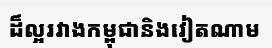
ដ៏ល្អរវាងកម្ពុជានិងវៀតណាម